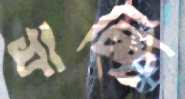
ধাচ্ছি